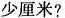
少厘米?